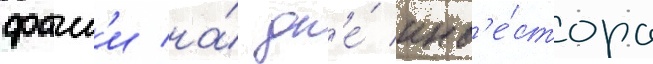
фаиг'и на́ дн'е́ инв'е́стора